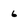
Character: 6